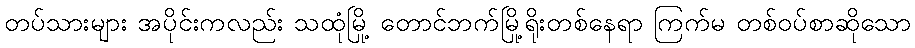
တပ်သားများ အပိုင်းကလည်း သထုံမြို့ တောင်ဘက်မြို့ရိုးတစ်နေရာ ကြက်မ တစ်ဝပ်စာဆိုသော